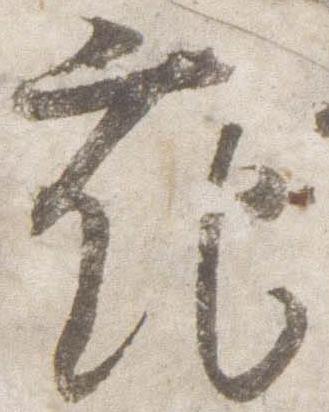
花